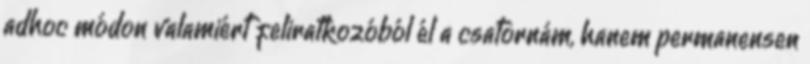
adhoc módon valamiért feliratkozóból él a csatornám, hanem permanensen